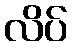
လိပ်